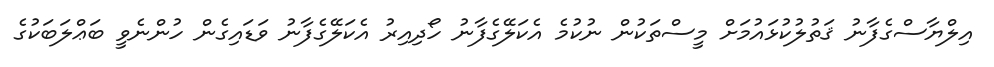
އިލްޔާސްގެފާނު ޤަތުލުކުޅައުމަށް މީސްތަކުން ނުކުމެ އެކަލޭގެފާނު ހޯދިއިރު އެކަލޭގެފާނު ވަޑައިގެން ހުންނެވީ ބަޢްލަބަކުގެ